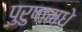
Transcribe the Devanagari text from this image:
पुरुषामधे